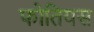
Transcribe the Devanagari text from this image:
फोतियस